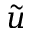
\tilde { u }